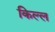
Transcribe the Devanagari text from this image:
किल्ल